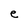
Character: e